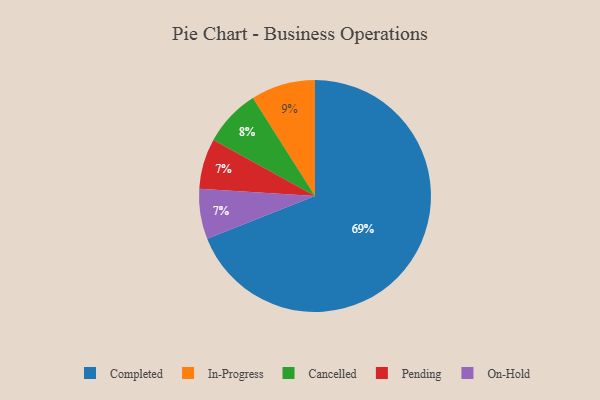
{"axis": {"x": "Category", "y": "Percentage"}, "legend": ["Cancelled", "Completed", "In-Progress", "On-Hold", "Pending"], "data": [{"x": "In-Progress", "y": 9, "type": "In-Progress"}, {"x": "Cancelled", "y": 8, "type": "Cancelled"}, {"x": "Pending", "y": 7, "type": "Pending"}, {"x": "Completed", "y": 69, "type": "Completed"}, {"x": "On-Hold", "y": 7, "type": "On-Hold"}]}